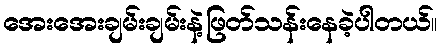
အေးအေးချမ်းချမ်းနဲ့ဖြတ်သန်းနေခဲ့ပါတယ်။